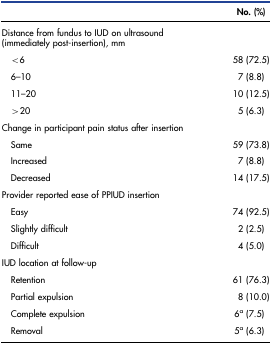
|  | No. (%) |
 | --- | --- |
 | Distance from fundus to IUD on ultrasound (immediately post-insertion), mm |  |
 | <6 | 58 (72.5) |
 | 6–10 | 7 (8.8) |
 | 11–20 | 10 (12.5) |
 | >20 | 5 (6.3) |
 | Change in participant pain status after insertion |  |
 | Same | 59 (73.8) |
 | Increased | 7 (8.8) |
 | Decreased | 14 (17.5) |
 | Provider reported ease of PPIUD insertion |  |
 | Easy | 74 (92.5) |
 | Slightly difficult | 2 (2.5) |
 | Difficult | 4 (5.0) |
 | IUD location at follow-up |  |
 | Retention | 61 (76.3) |
 | Partial expulsion | 8 (10.0) |
 | Complete expulsion | 6a (7.5) |
 | Removal | 5a (6.3) |